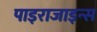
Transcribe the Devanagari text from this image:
पाइराजाइन्स